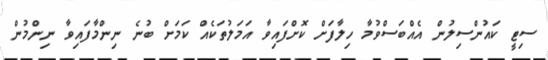
ސިޓީ ކައުންސިލުން އެއްބަސްވުމާ ހިލާފަށް ކޮށްފައިވާ އަމަލުތަކެއް ކަމަށް ބުނެ ނިންމާފައިވާ ނިންމުން